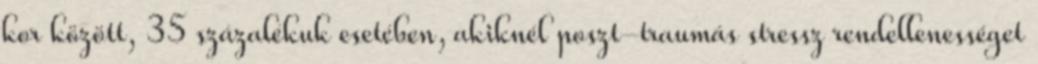
kor között, 35 százalékuk esetében, akiknél poszt-traumás stressz rendellenességet